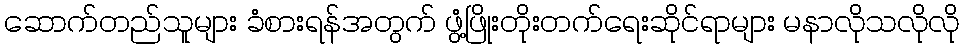
ဆောက်တည်သူများ ခံစားရန်အတွက် ဖွံ့ဖြိုးတိုးတက်ရေးဆိုင်ရာများ မနာလိုသလိုလို